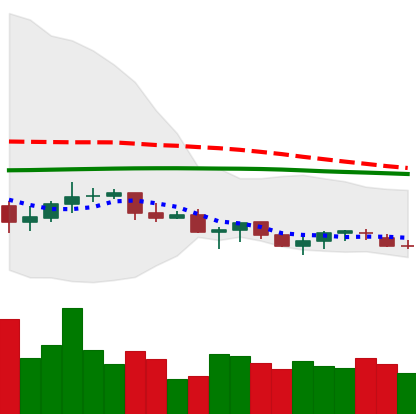
Ticker: XLM-USD
Chart end date: 2021-06-17
Forward return: -26.115%
Label: down_7plus